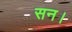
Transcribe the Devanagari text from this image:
सन।